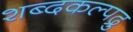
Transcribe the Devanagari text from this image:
शब्दकल्पद्रु